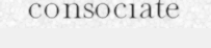
consociate